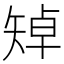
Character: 𥏥